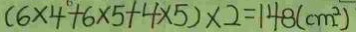
( 6 \times 4 + 6 \times 5 + 4 \times 5 ) \times 2 = 1 4 8 ( c m ^ { 2 } )